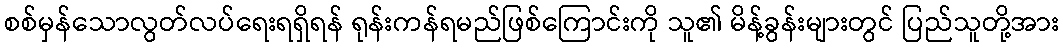
စစ်မှန်သောလွတ်လပ်ရေးရရှိရန် ရုန်းကန်ရမည်ဖြစ်ကြောင်းကို သူ၏ မိန့်ခွန်းများတွင် ပြည်သူတို့အား